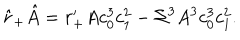
\hat { r } _ { + } \hat { A } = r _ { + } ^ { \prime } A c _ { 0 } ^ { 3 } c _ { 1 } ^ { 2 } - \Sigma ^ { 3 } A ^ { 3 } c _ { 0 } ^ { 3 } c _ { 1 } ^ { 2 } .